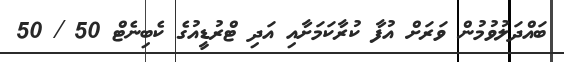
ބައްދަލުވުމުން ވަރަށް އުފާ ކުރާކަމަށާއި އަދި ޓްރުޑީއުގެ ކެބިނެޓް 50 / 50